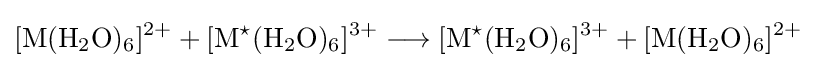
{\ce {[M(H2O)6]^{2}+}}+{\ce {[M^{\star }(H2O)6]^{3}+}}\longrightarrow {\ce {[M^{\star }(H2O)6]^{3}+}}+{\ce {[M(H2O)6]^{2}+}}